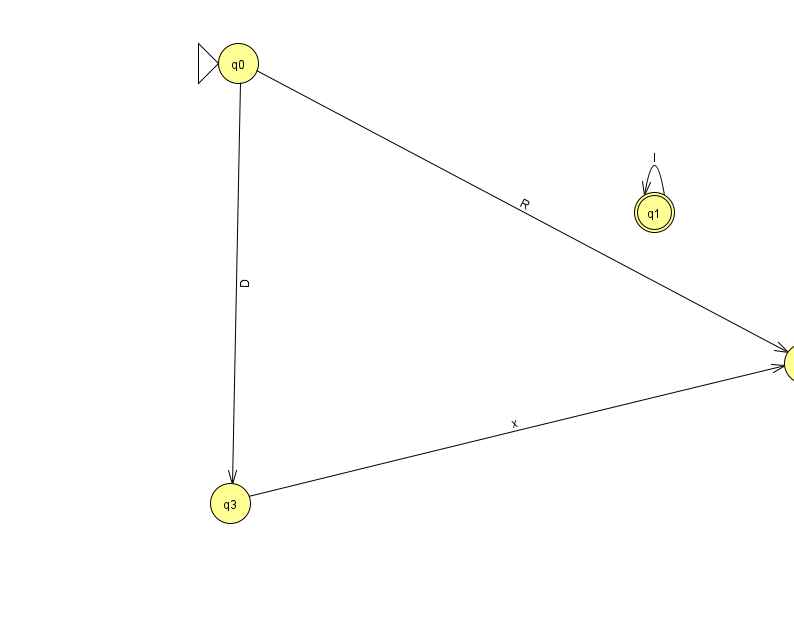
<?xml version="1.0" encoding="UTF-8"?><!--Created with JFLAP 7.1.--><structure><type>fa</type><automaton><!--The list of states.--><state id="0" name="q0"><x>238.0</x><y>50.0</y><initial/></state><state id="1" name="q1"><x>654.0</x><y>199.0</y><final/></state><state id="2" name="q2"><x>804.0</x><y>350.0</y></state><state id="3" name="q3"><x>230.0</x><y>490.0</y></state><!--The list of transitions.--><transition><from>3</from><to>2</to><read>x</read></transition><transition><from>0</from><to>2</to><read>R</read></transition><transition><from>1</from><to>1</to><read>I</read></transition><transition><from>0</from><to>3</to><read>D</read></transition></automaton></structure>